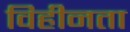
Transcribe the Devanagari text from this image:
विहीनता